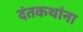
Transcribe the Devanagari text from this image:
दंतकथांना